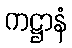
ကဋ္ဌာနံ